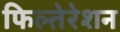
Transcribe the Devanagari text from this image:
फिल्तेरेशन